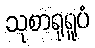
သုစာရုရူပံ